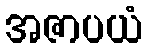
အဇာပယံ